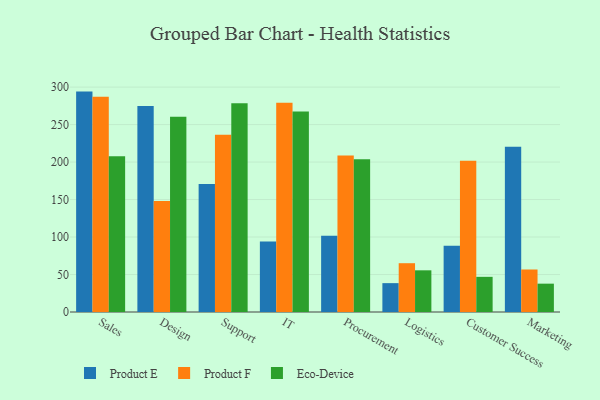
{"axis": {"x": "Department", "y": "Gross Profit (USD K)"}, "legend": ["Eco-Device", "Product E", "Product F"], "data": [{"x": "Sales", "y": 294.0, "type": "Product E"}, {"x": "Sales", "y": 287.0, "type": "Product F"}, {"x": "Sales", "y": 207.6, "type": "Eco-Device"}, {"x": "Design", "y": 274.8, "type": "Product E"}, {"x": "Design", "y": 148.1, "type": "Product F"}, {"x": "Design", "y": 260.6, "type": "Eco-Device"}, {"x": "Support", "y": 170.6, "type": "Product E"}, {"x": "Support", "y": 236.6, "type": "Product F"}, {"x": "Support", "y": 278.5, "type": "Eco-Device"}, {"x": "IT", "y": 94.0, "type": "Product E"}, {"x": "IT", "y": 279.2, "type": "Product F"}, {"x": "IT", "y": 267.5, "type": "Eco-Device"}, {"x": "Procurement", "y": 101.6, "type": "Product E"}, {"x": "Procurement", "y": 208.6, "type": "Product F"}, {"x": "Procurement", "y": 203.6, "type": "Eco-Device"}, {"x": "Logistics", "y": 38.5, "type": "Product E"}, {"x": "Logistics", "y": 65.1, "type": "Product F"}, {"x": "Logistics", "y": 55.6, "type": "Eco-Device"}, {"x": "Customer Success", "y": 88.3, "type": "Product E"}, {"x": "Customer Success", "y": 201.9, "type": "Product F"}, {"x": "Customer Success", "y": 46.9, "type": "Eco-Device"}, {"x": "Marketing", "y": 220.4, "type": "Product E"}, {"x": "Marketing", "y": 56.7, "type": "Product F"}, {"x": "Marketing", "y": 37.8, "type": "Eco-Device"}]}